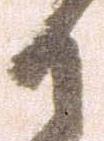
御